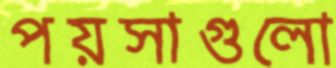
পয়সাগুলো